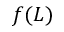
f ( L )